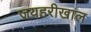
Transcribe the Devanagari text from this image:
जयहरीखाल